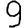
Digit: 9